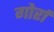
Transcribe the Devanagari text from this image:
गोर्रा